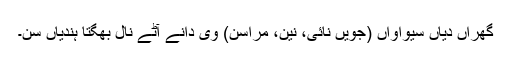
گھراں دیاں سیواواں (جویں نائی، نین، مراسن) وی دانے آٹے نال بھگتا ہُندیاں سن۔